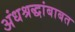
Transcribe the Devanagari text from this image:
अंधश्रद्धांबाबत